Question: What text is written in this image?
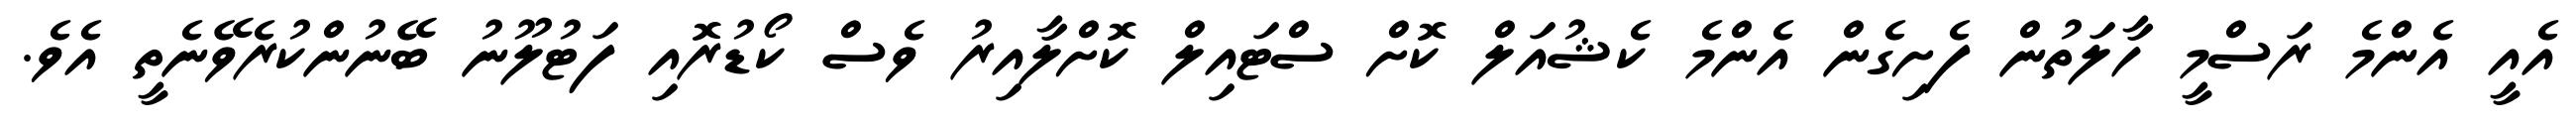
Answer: އެއީ އެންމެ ރަސްމީ ހާލަތުން ފެށިގެން އެންމެ ކެޝުއަލް ކޮށް ސްޓައިލް ކޮށްލާއިރު ވެސް ކޯޑުރޮއި ފަޓުލޫނު ބޭނުންކުރެވޭނެތީ އެވެ.